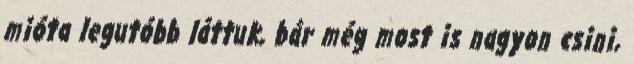
mióta legutóbb láttuk, bár még most is nagyon csini,